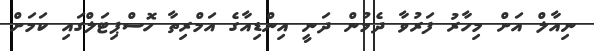
ނިއާލް އަށް މިހާރު ފަރުވާ ދެމުން ދަނީ އިންޑިއާގެ އަމްރިތާ ހޮސްޕިޓަލްގައި ކަމަށް